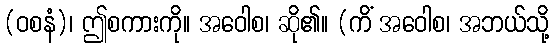
(ဝစနံ)၊ ဤစကားကို။ အဝေါစ၊ ဆို၏။ (ကိံ အဝေါစ၊ အဘယ်သို့